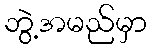
ဘွဲ့အမည်မှာ